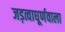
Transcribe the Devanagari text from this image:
जड़त्वाघूर्णवाला